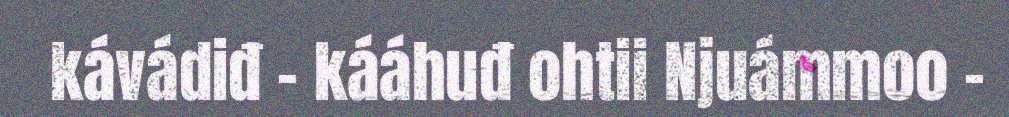
kávádiđ – kááhuđ ohtii Njuámmoo –